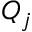
Q _ { j }